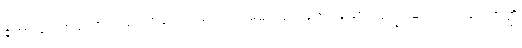
ဘော ဂေါတမ၊ အရှင်ဂေါတမ။ သယံကတံ၊ မိမိသည် ပြုအပ်သော။ ဒုက္ခံ၊ ဆင်းရဲသည်။ အတ္ထိ